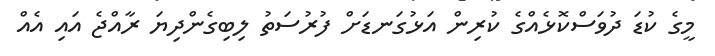
މީގެ ކުޑަ ދުވަސްކޮޅެއްގެ ކުރިން އަޅުގަނޑަށް ފުރުސަތު ލިބިގެންދިޔަ ރާއްޖެ އައި އެއް